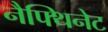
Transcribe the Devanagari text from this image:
नैफ्थिनेट